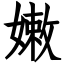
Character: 嫩